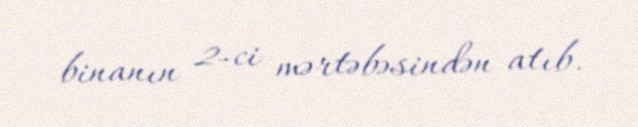
binanın 2-ci mərtəbəsindən atıb.